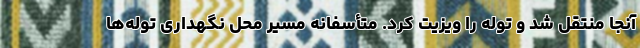
آنجا منتقل شد و توله را ویزیت کرد. متأسفانه مسیر محل نگهداری توله‌ها